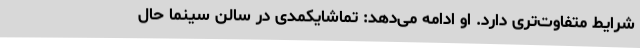
شرایط متفاوت‌تری دارد. او ادامه می‌دهد: تماشایکمدی در سالن سینما حال